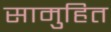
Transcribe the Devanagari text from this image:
सामुहित